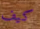
كيف